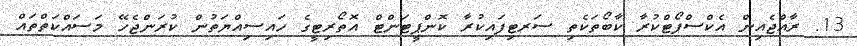
13. ރާއްޖެއިން އެކްސްޕޯޓްކުރާ ކާބޯތަކެތި ސަރޓިފައިކުރާ ކޮންޕީޓަންޓް އޮތޯރިޓީގެ ހައިސިއްޔަތުން ކުރަންޖެހޭ މަސައްކަތްތައް